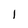
Character: 1